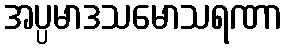
အပ္ပမာဒသမောသရဏာ